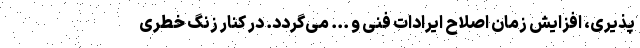
پذیری، افزایش زمان اصلاح ایرادات فنی و ... می‌گردد. در کنار زنگ خطری